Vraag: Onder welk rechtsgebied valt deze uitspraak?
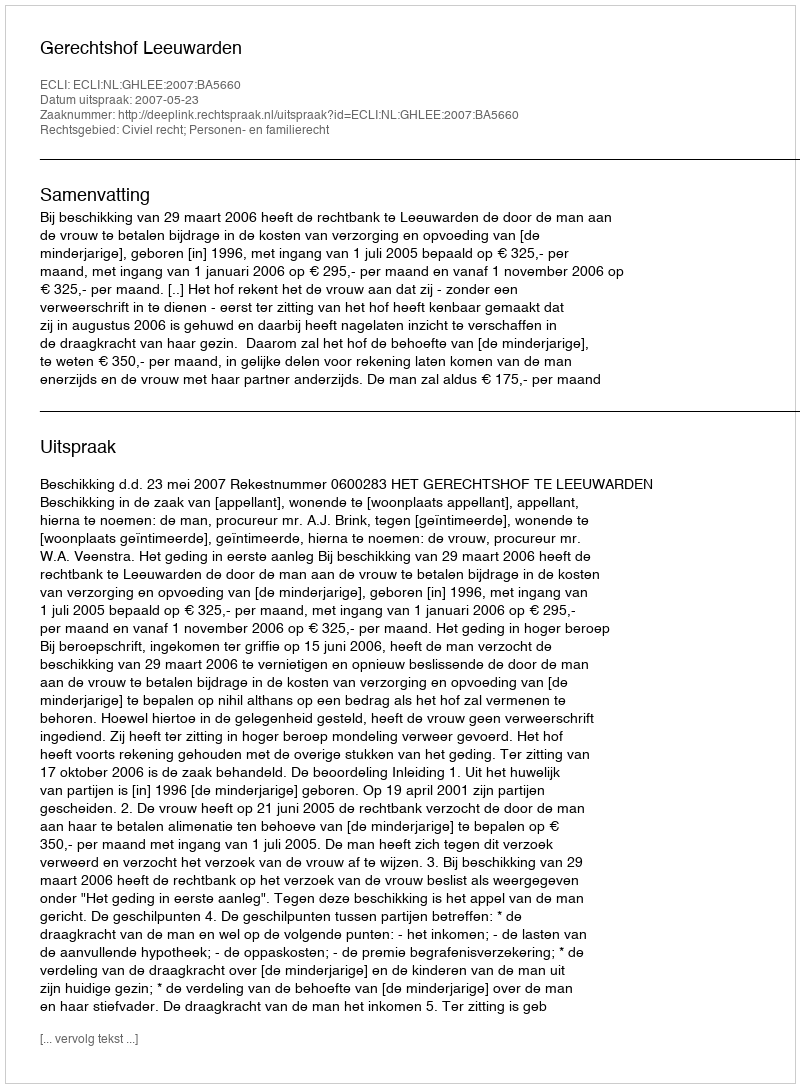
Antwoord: Civiel recht; Personen- en familierecht